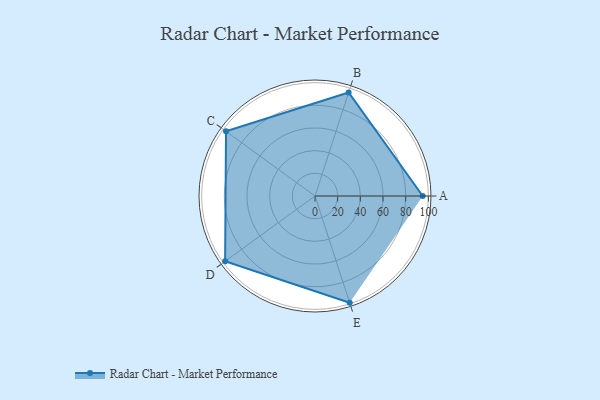
{"axis": {"x": "Skill", "y": "Score"}, "legend": ["Profile"], "data": [{"x": "A", "y": 95.0, "type": "Profile"}, {"x": "B", "y": 96.0, "type": "Profile"}, {"x": "C", "y": 97.0, "type": "Profile"}, {"x": "D", "y": 98.0, "type": "Profile"}, {"x": "E", "y": 99, "type": "Profile"}]}